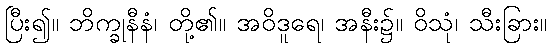
ပြီး၍။ ဘိက္ခုနီနံ၊ တို့၏။ အဝိဒူရေ၊ အနီး၌။ ဝိသုံ၊ သီးခြား။